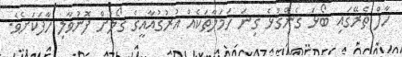
ހާފް ތެރޭގައި ބޯޅަ ގެންގުޅެ ގިނަ ހަމަލާތަކެއް އުރުގުއާއީގެ ގޯލަށް ފޮނުވާލި ހާފަކަށެވެ.